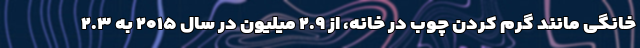
خانگی مانند گرم کردن چوب در خانه، از ۲.۹ میلیون در سال ۲۰۱۵ به ۲.۳